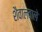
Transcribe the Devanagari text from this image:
शैवालवाले